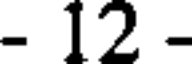
- 12 -